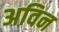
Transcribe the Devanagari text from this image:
अविन